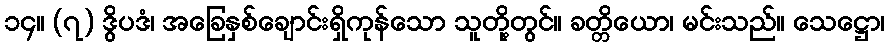
၁၄။ (၇) ဒွိပဒံ၊ အခြေနှစ်ချောင်းရှိကုန်သော သူတို့တွင်။ ခတ္တိယော၊ မင်းသည်။ သေဋ္ဌော၊